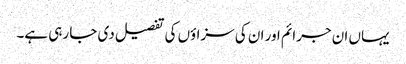
یہاں ان جرائم اور ان کی سزاؤں کی تفصیل دی جا رہی ہے۔